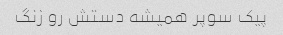
پیک سوپر همیشه دستش رو زنگ